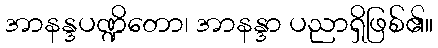
အာနန္ဒပဏ္ဍိတော၊ အာနန္ဒာ ပညာရှိဖြစ်၏။